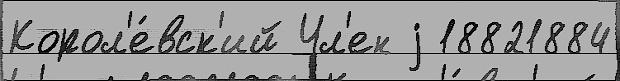
Корол'е́вск'ий Чл'ен j 18821884